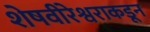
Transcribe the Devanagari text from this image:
शेषवीरेश्वराकडून